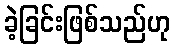
ခဲ့ခြင်းဖြစ်သည်ဟု